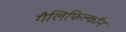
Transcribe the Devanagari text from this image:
गैलिफिल्कॉन